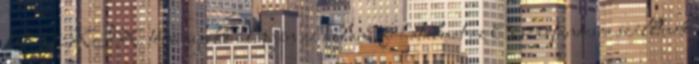
1937:XIX. törvénycikk alapján az állami fõhatalmat az Országtanácsra szálltnak